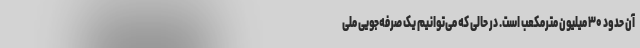
آن حدود ۳۰ میلیون مترمکعب است. در حالی که می‌توانیم یک صرفه‌جویی ملی